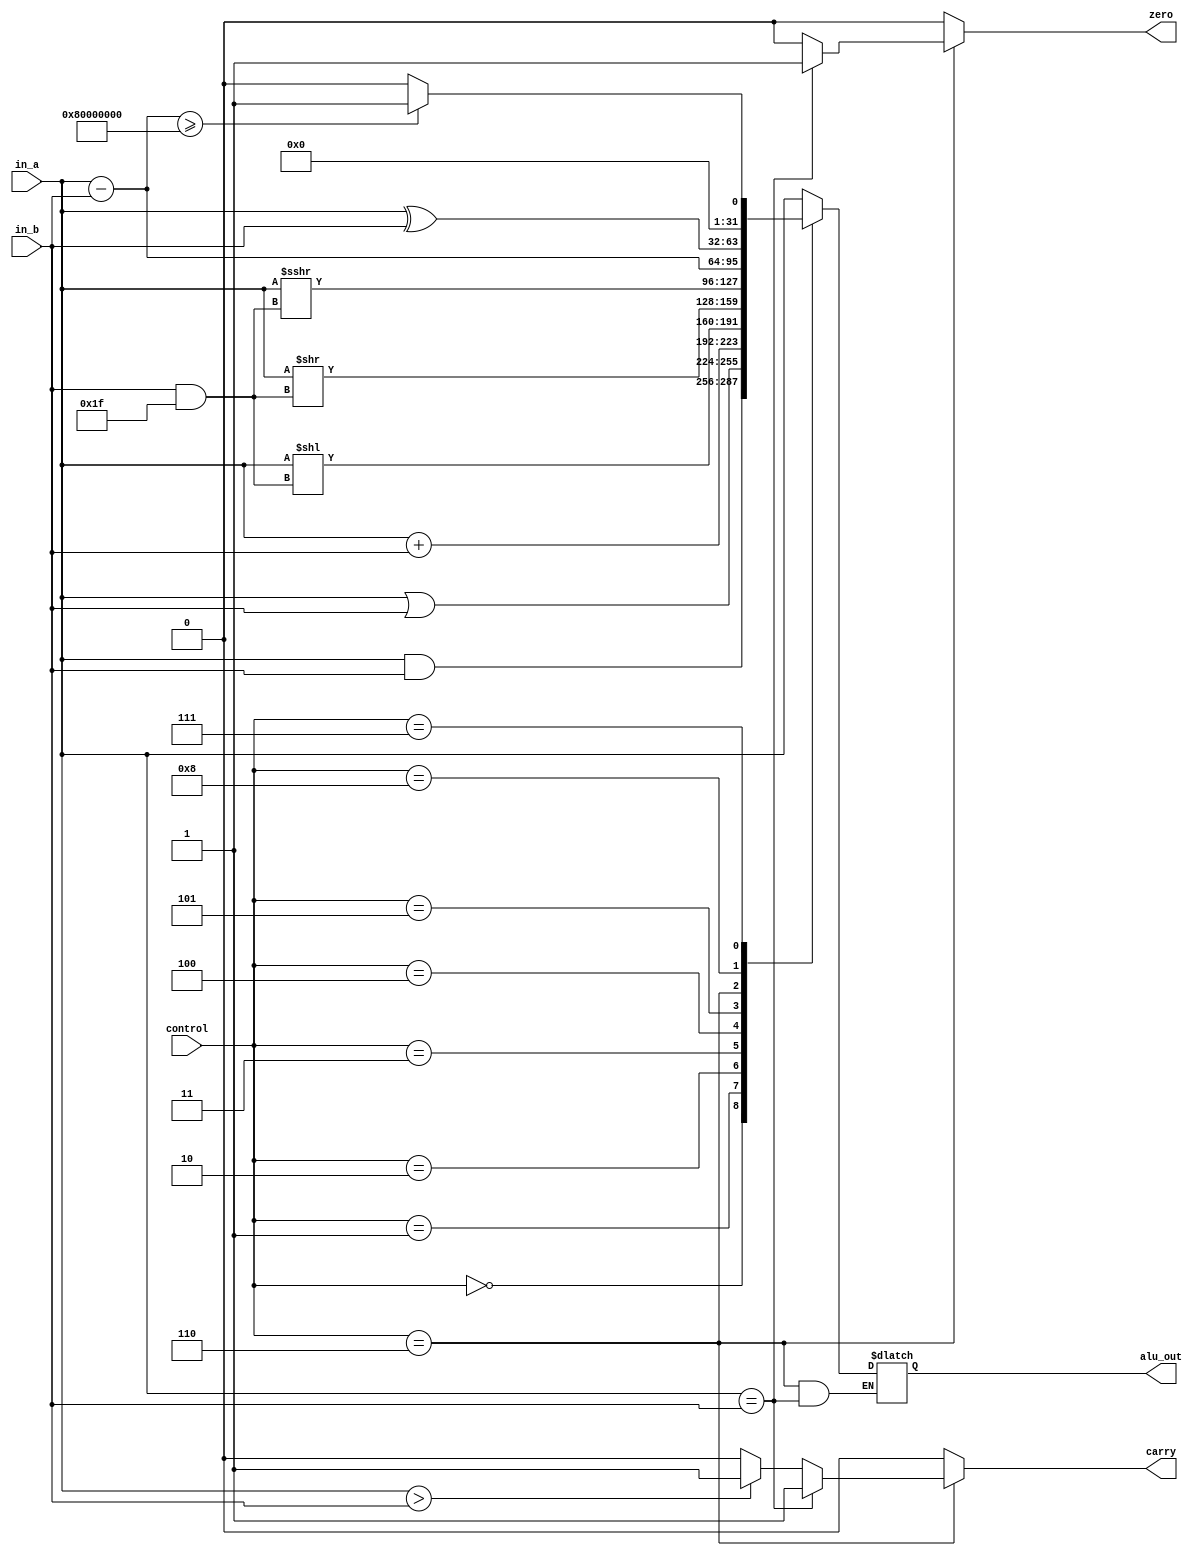
`timescale 1ns / 1ps
//////////////////////////////////////////////////////////////////////////////////
// Company: 
// Engineer: 
// 
// Design Name: 
// Module Name: ALU
// Project Name: 
// Target Devices: 
// Tool Versions: 
// Description: 
// 
// Dependencies: 
// 
// Revision:
// Revision 0.01 - File Created
// Additional Comments:
// 
//////////////////////////////////////////////////////////////////////////////////


module alu (in_a, in_b, alu_out, zero,carry, control);
	input [31:0] in_a, in_b;
	output reg [31:0] alu_out;
	output reg zero;
	output reg carry;
	
	
	input [3:0] control;
	always @ (control or in_a or in_b)
	begin
	    zero <= 1'b0;
	    carry <= 1'b0;
		case (control)
		4'b0000:begin  alu_out<=in_a&in_b; end
		4'b0001:begin  alu_out<=in_a|in_b; end
		4'b0010:begin  alu_out<=in_a+in_b; end
		4'b0011:begin  alu_out<=in_a << (in_b & 32'd31); end
		4'b0100:begin  alu_out<=in_a >> (in_b & 32'd31); end
		4'b0101:begin  alu_out<=in_a >>> (in_b & 32'd31); end
		4'b0110:begin 
		if(in_a==in_b) begin zero<= 1'b1; carry<= 1'b1; end
		else if(in_a>in_b)
		begin zero<= 1'b0; carry<= 1'b1; alu_out<=in_a-in_b; end
		else begin zero<= 1'b0; carry<= 1'b0; alu_out<=in_a-in_b; end
		end
		4'b1000:begin  alu_out<=in_a^in_b; end
		4'b0111:begin  if(in_a-in_b>=32'h8000_0000) alu_out<=32'b1; else alu_out<=32'b0; end
		
		default: begin  alu_out<=in_a; end
		endcase
	end
endmodule